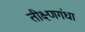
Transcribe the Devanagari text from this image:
तीक्ष्णगंधा